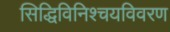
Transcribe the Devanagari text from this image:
सिद्धिविनिश्चयविवरण